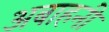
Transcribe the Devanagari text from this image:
अबाहनी